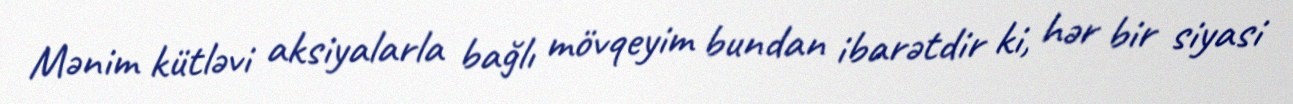
Mənim kütləvi aksiyalarla bağlı mövqeyim bundan ibarətdir ki, hər bir siyasi